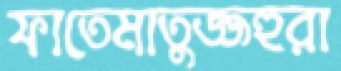
ফাতেমাতুজ্জহুরা